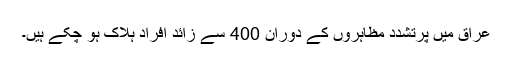
عراق میں پرتشدد مظاہروں کے دوران 400 سے زائد افراد ہلاک ہو چکے ہیں۔